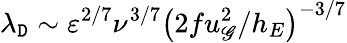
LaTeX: \lambda_{\mathtt{D}}\sim\varepsilon^{{2/7}}\nu^{{3/7}}\left({2fu_{\mathscr{G}}^{2}/h_{E}}\right)^{-{3/7}}